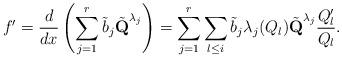
LaTeX: \begin{align*}f'=\frac{d}{dx}\left(\sum_{j=1}^r\tilde b_j\tilde{\textbf{Q}}^{\lambda_j}\right)=\sum_{j=1}^r\sum_{l\leq i}\tilde b_j\lambda_j(Q_{l})\tilde{\textbf{Q}}^{\lambda_j}\frac{Q'_{l}}{Q_{l}}.\end{align*}